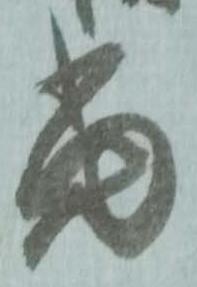
当